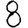
Digit: 8